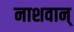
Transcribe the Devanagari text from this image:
नाशवान्‌